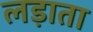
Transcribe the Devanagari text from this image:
लड़ाता